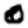
Digit: 0